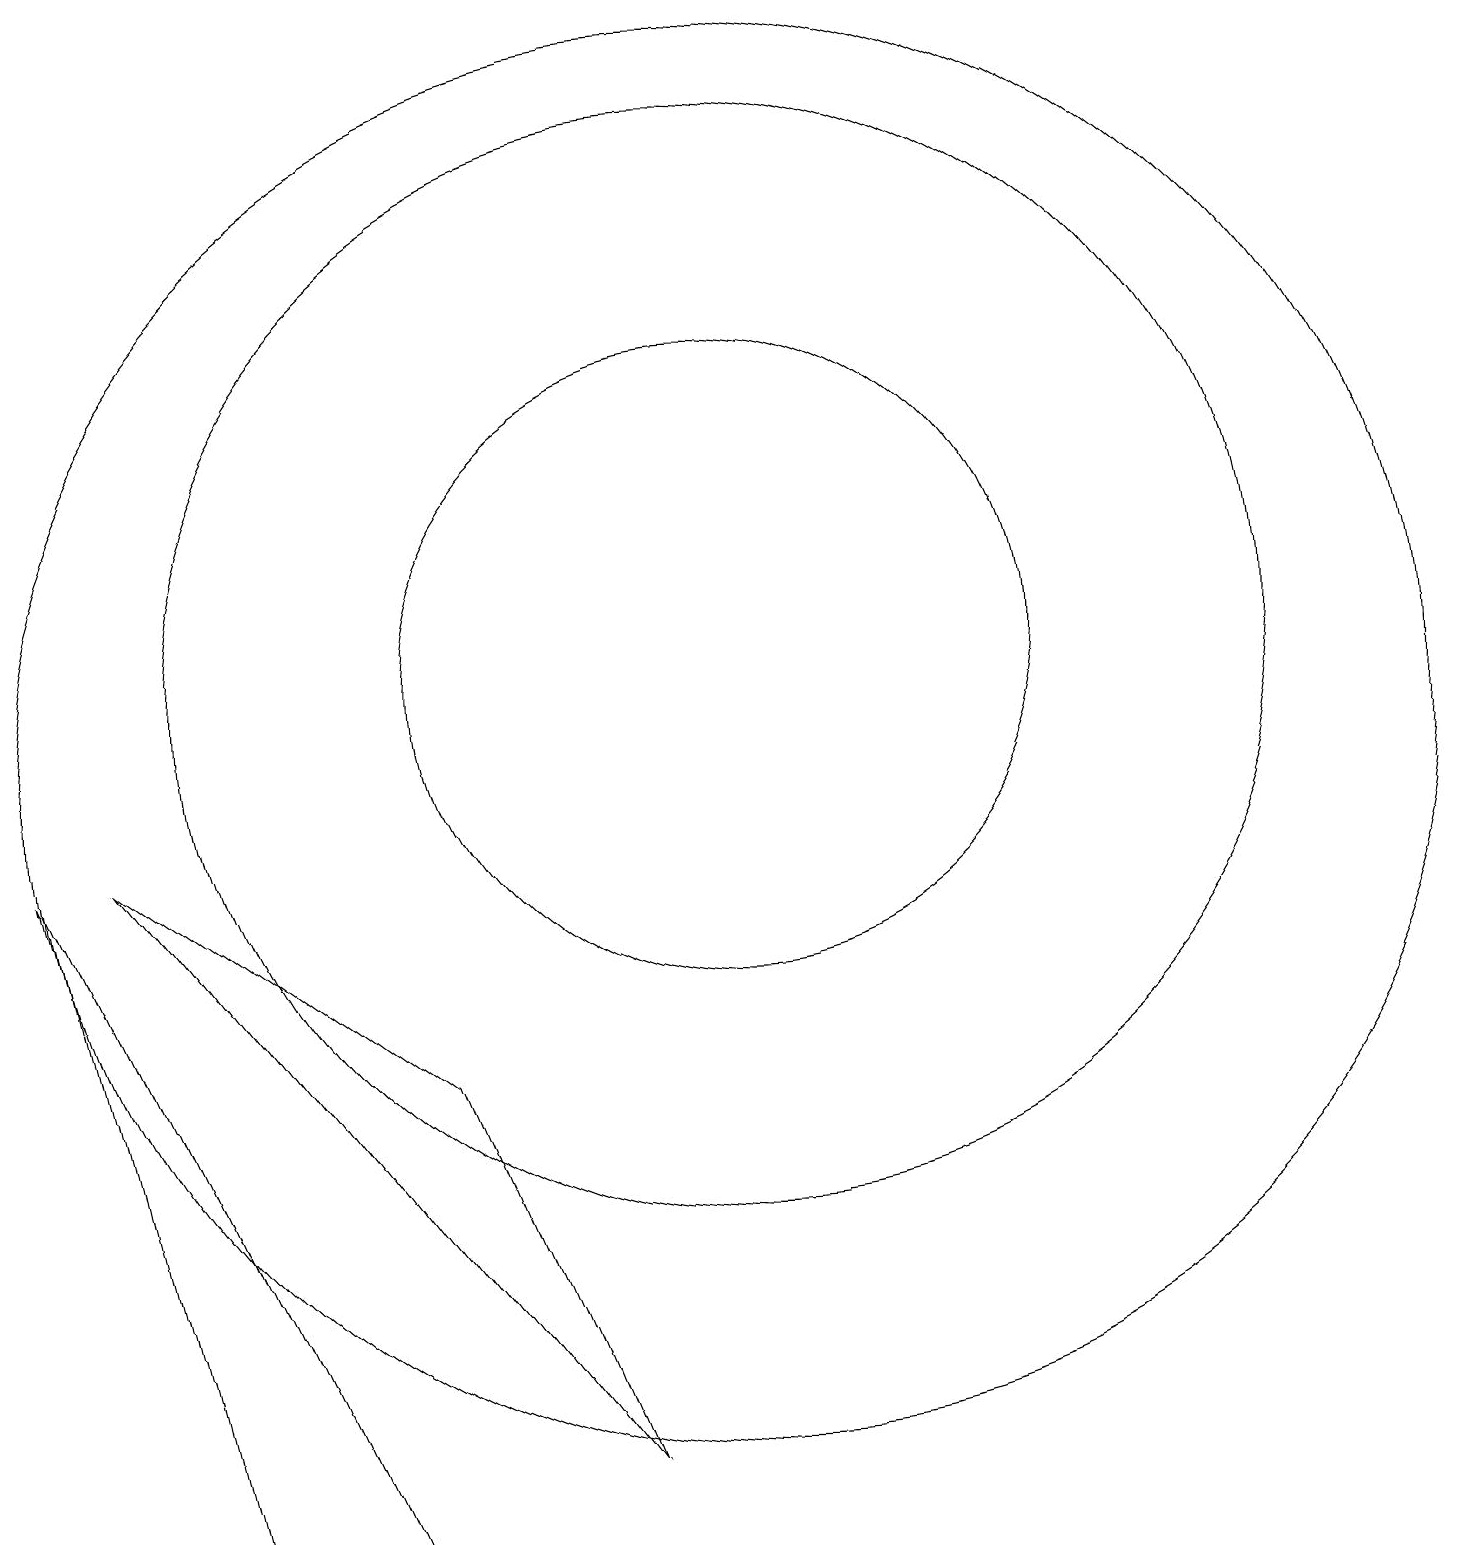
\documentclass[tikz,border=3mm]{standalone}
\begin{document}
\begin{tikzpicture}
\draw (11,10) circle (9);
\draw (11,11) circle (7);
\draw (3,9) -- (9,1) -- (7,6) -- cycle;
\draw (4,0) -- (2,9) -- (6,0) -- cycle;
\draw (11,11) circle (4);
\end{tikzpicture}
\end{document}